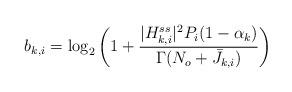
LaTeX: \begin{align*} b_{k,i}=\log_2 \left(1+\frac{|H_{k,i}^{ss}|^2 P_{i}(1-\alpha_k)}{\Gamma(N_o +\bar{J}_{k,i})}\right)\end{align*}